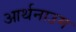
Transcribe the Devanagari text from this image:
आर्थनाउम